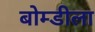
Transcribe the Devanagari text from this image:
बोम्डीला